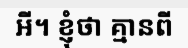
អី។ ខ្ញុំថា គ្មានពី